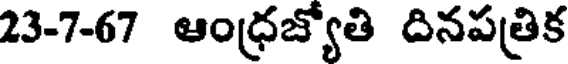
23-7-67 ఆంధ్రజ్యోతి దినపత్రిక